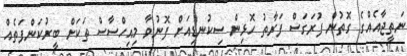
ނަތީޖާއެއްގެ ގޮތުން ފުރަގަސް ފަރާތު ހޮޅިން ސިކުނޑިއަށް ފޮނުވާ މިއިހްސާސް ތަކަށް ބީރުކަންފަތެއް